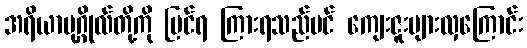
အရိယာပုဂ္ဂိုလ်တို့ကို မြင်ရ ကြားရသည်ပင် ကျေးဇူးများလှကြောင်း